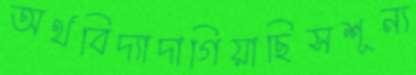
অর্থবিদ্যাদাগিয়াছিসশূন্য